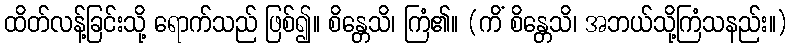
ထိတ်လန့်ခြင်းသို့ ရောက်သည် ဖြစ်၍။ စိန္တေသိ၊ ကြံ၏။ (ကိံ စိန္တေသိ၊ အဘယ်သို့ကြံသနည်း။)